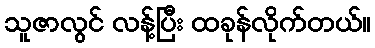
သူဇာလွင် လန့်ပြီး ထခုန်လိုက်တယ်။